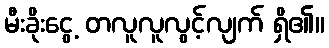
မီးခိုးငွေ့ တလူလူလွင့်လျက် ရှိ၏။